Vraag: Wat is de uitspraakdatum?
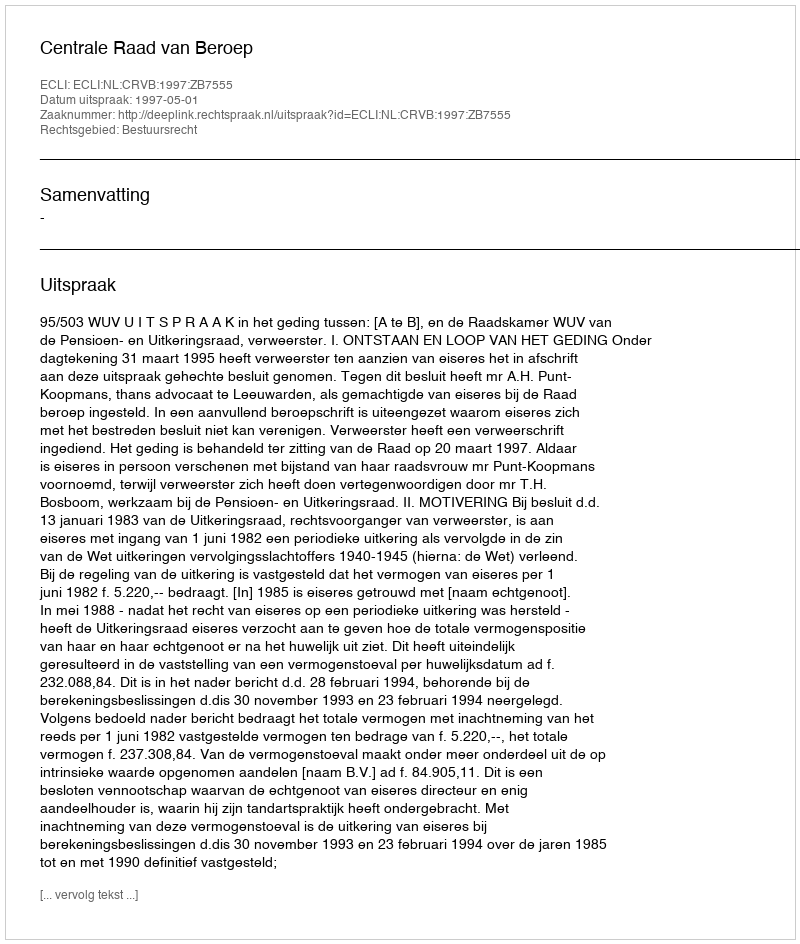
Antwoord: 1997-05-01